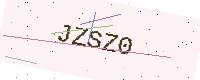
Text: JZSZ0